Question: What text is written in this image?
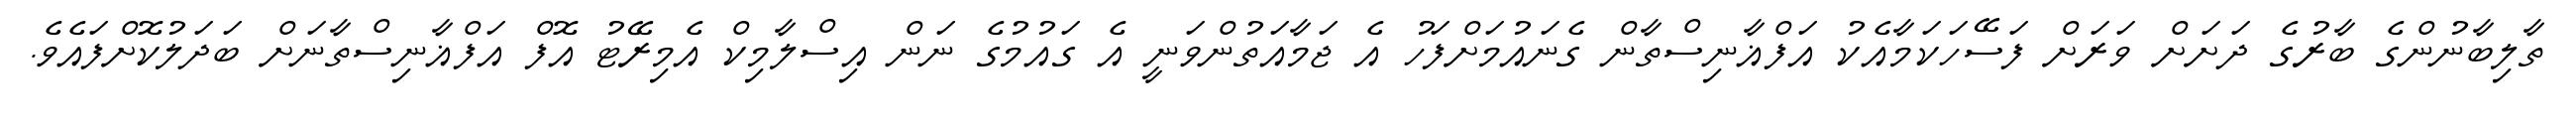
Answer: ތާލިބާނުންގެ ބާރުގެ ދަށަށް ވަރަށް ފަސޭހަކަމާއެކު އަފްޣާނިސްތާން ގެނައުމަށްފަހު އެ ޖަމާއަތުންވަނީ އެ ގައުމުގެ ނަން އިސްލާމިކް އެމިރޭޓު އޮފް އަފްޣާނިސްތާނަށް ބަދަލުކޮށްފައެވެ.